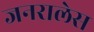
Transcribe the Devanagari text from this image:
जनरालेस